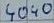
Text: 4040